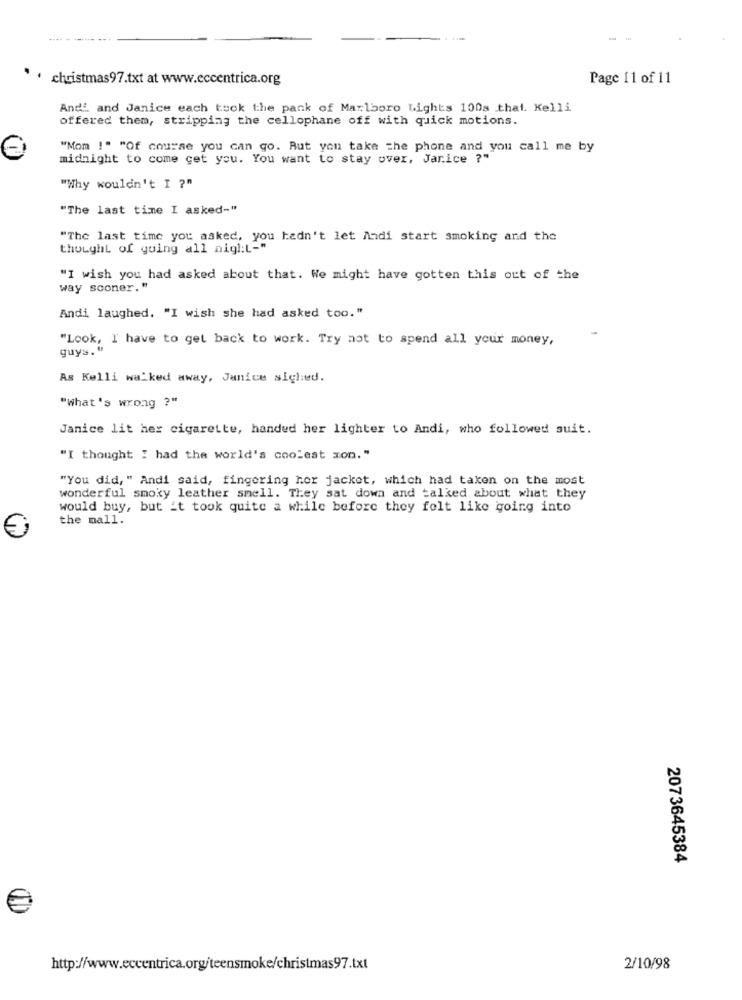
--
christmas97.txt at www.eccentrica.org
Page 11 of 11
Andi and Janice each took the pank of Marlboro Lights 100s that. Kelli
offered them, stripping the cellophane off with quick motions.
"Mom !" "Of course you can go. But you take the phone and you call me by
midnight to come cet you. You want to stay over, Jarice ?"
"Why wouldn't I ?"
"The last time I asked-"
"The last time you asked, you hadn't let Andi start smoking and the
thought of going all night-"
"I wish you had asked about that. We might have gotten this out of the
way sconer. "
Andi laughed. "I wish she had asked too."
"Look, I have to get back to work. Try not to spend all your money,
guys."
As Kelli walked away, Janice sighed.
"what's wrong ?"
Janice lit her cigarette, handed her lighter to Andi, who followed suit.
"I thought I had the world's coolest xon."
"You did, " Andi said, fingering hor jacket, which had taken on the most
wonderful smoky leather smell. They sat down and talked about what they
would buy, but it took quite a while before they felt like going into
the mall.
2073645384
€
http://www.eccentrica.org/teensmoke/christmas97.txt
2/10/98